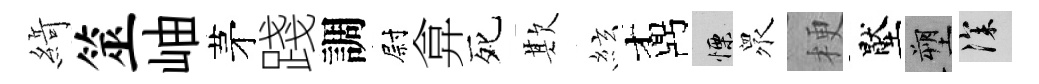
𦂶筮岫茅踐調尉弇死欺絃鼒慄衆梗壓塑深